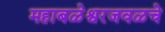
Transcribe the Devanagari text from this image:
महाबळेश्वरजवळचे